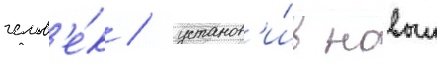
челов'е́к / установ'и́в новыи